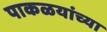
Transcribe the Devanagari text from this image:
पाकळयांच्या